Leaving Certificate Examination (including Day School Certificate (Higher) General paper), 1928
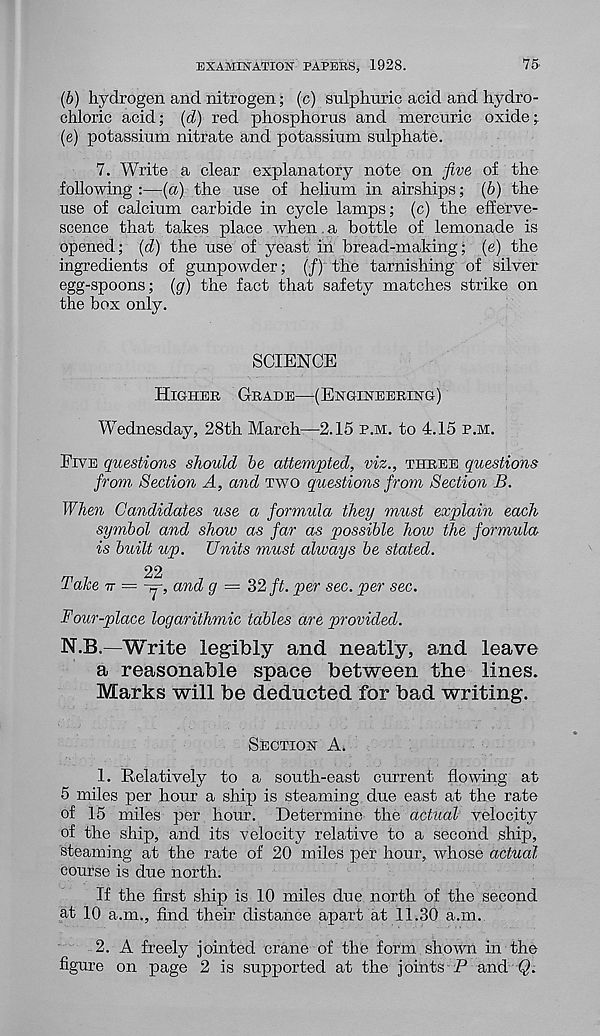
EXAMINATION PAPERS, 1928.
75
(b) hydrogen and nitrogen; (c) sulphuric acid and hydro-
chloric acid; (d) red phosphorus and mercuric oxide;
(e) potassium nitrate and potassium sulphate.
7. Write a clear explanatory note on five of the
following :—(a) the use of helium in airships; (b) the
use of calcium carbide in cycle lamps; (c) the efferve-
scence that takes place when. a bottle of lemonade is
opened; (d) the use of yeast in bread-making; (e) the
ingredients of gunpowder; (/) the tarnishing of silver
egg-spoons; (g) the fact that safety matches strike on
the box only.
SCIENCE
Higher Grade—(Engineering)
Wednesday, 28th March—2.15 p.m. to 4.15 p.m.
Eive questions should be attempted, viz., three questions
from, Section A, and two questions from Section B.
When Candidates use a formula they must explain each
symbol and shoiv as far as possible how the formula
is built up. Units must always be stated.
22
Take it = -y, and g = 32 ft. per sec. per sec.
Four-place logarithmic tables are provided.
N.B.—Write legibly and neatly, and leave
a reasonable space between the lines.
Marks will be deducted for bad writing.
Section A.
1. Relatively to a south-east current flowing at
5 miles per hour a ship is steaming due east at the rate
of 15 miles per hour. Determine the actual velocity
of the ship, and its velocity relative to a second ship,
steaming at the rate of 20 miles per hour, whose actual
course is due north.
If the first ship is 10 miles due north of the second
at 10 a.m., find their distance apart at 11.30 a.m.
2. A freely jointed crane of the form shown in the
figure on page 2 is supported at the joints P and Q.